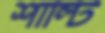
শাল্টি